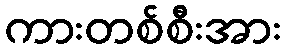
ကားတစ်စီးအား